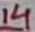
Text: 14